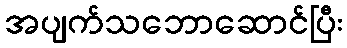
အပျက်သဘောဆောင်ပြီး